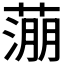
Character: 𬞉